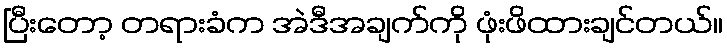
ပြီးတော့ တရားခံက အဲဒီအချက်ကို ဖုံးဖိထားချင်တယ်။